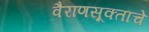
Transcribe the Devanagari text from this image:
वैराणसूक्ताचे